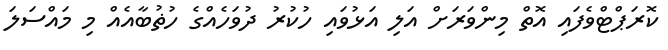
ކޮރަޕްޓްވެފައި އޮތް މިންވަރަށް އަލި އަޅުވައި ހުކުރު ދުވަހެއްގެ ހުޡުބާއެއް މި މައްސަލަ